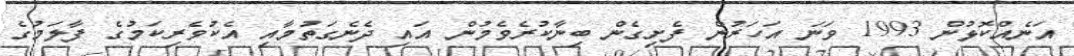
އަނެއްކޮޅުން 1993 ވަނަ އަހަރުން ފެށިގެން ބިނާކުރެވެމުން އައި ދެނެގަތުމާއި އެކުވެރިކަމުގެ ފާލަމުގެ